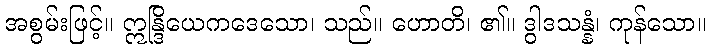
အစွမ်းဖြင့်။ ဣန္ဒြိယေကဒေသော၊ သည်။ ဟောတိ၊ ၏။ ဒွါဒသန္နံ၊ ကုန်သော။